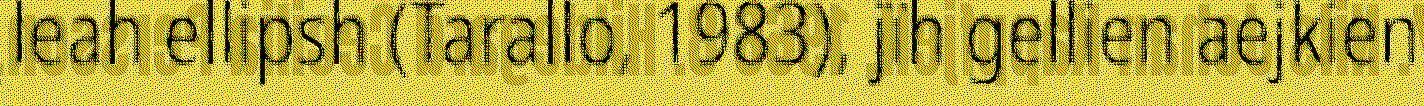
leah ellipsh (Tarallo, 1983), jïh gellien aejkien